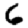
Digit: 6